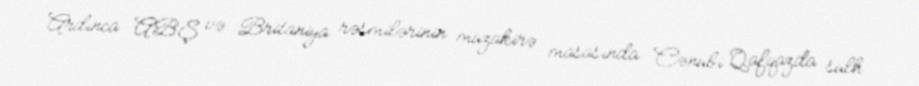
Ardınca ABŞ və Britaniya rəsmilərinin müzakirə masasında Cənubi Qafqazda sülh